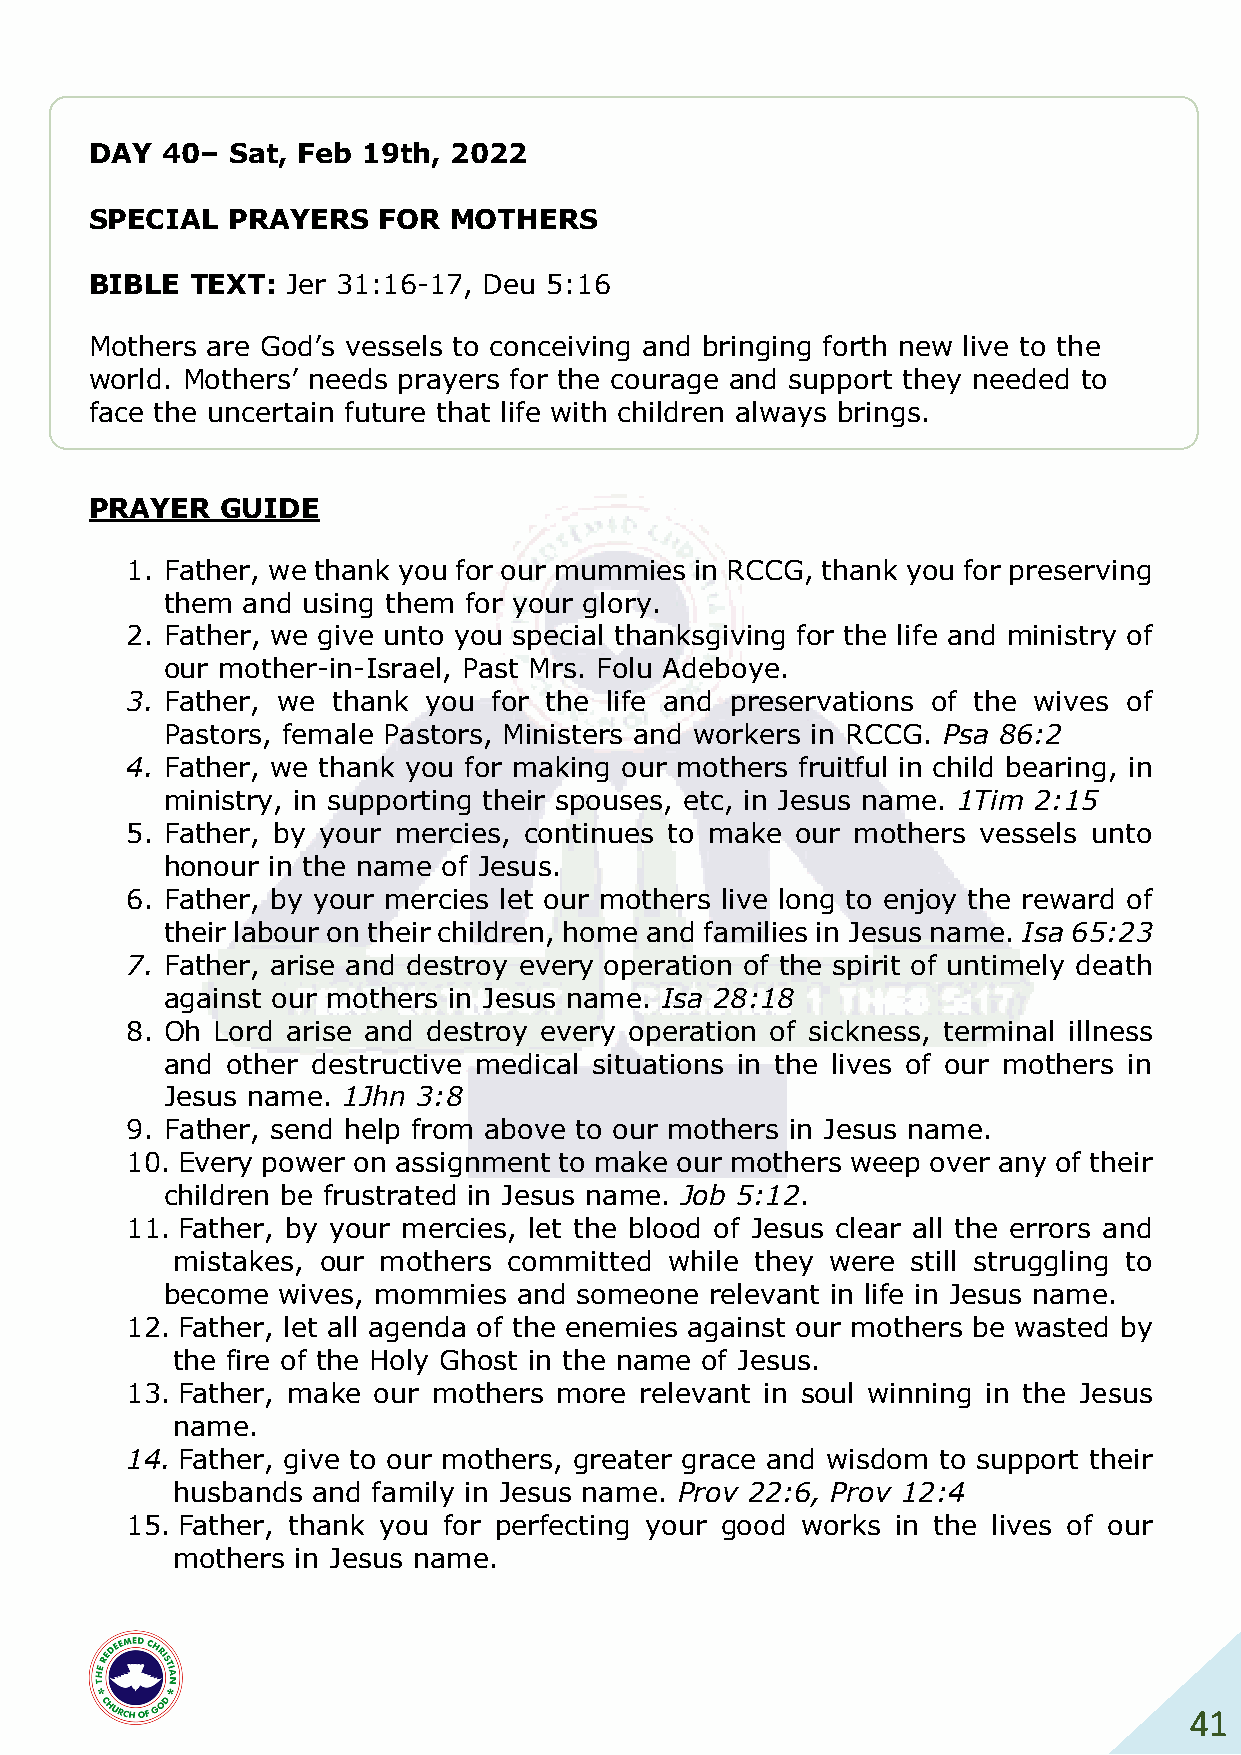
DAY  40– Sat, Feb 19th, 2022
 SPECIAL  PRAYERS   FOR  MOTHERS
 BIBLE  TEXT: Jer 31:16-17, Deu 5:16
 Mothers are God’s vessels to conceiving and bringing forth new live to the
 world. Mothers’ needs prayers for the courage and support they needed to
 face the uncertain future that life with children always brings.
 PRAYER   GUIDE
 1. Father, we thank you for our mummies in RCCG, thank you for preserving
 them and using them for your glory.
 2. Father, we give unto you special thanksgiving for the life and ministry of
 our mother-in-Israel, Past Mrs. Folu Adeboye.
 3. Father, we thank you  for the life and preservations of the wives of
 Pastors, female Pastors, Ministers and workers in RCCG. Psa 86:2
 4. Father, we thank you for making our mothers fruitful in child bearing, in
 ministry, in supporting their spouses, etc, in Jesus name. 1Tim 2:15
 5. Father, by your mercies, continues to make our mothers vessels unto
 honour in the name of Jesus.
 6. Father, by your mercies let our mothers live long to enjoy the reward of
 their labour on their children, home and families in Jesus name. Isa 65:23
 7. Father, arise and destroy every operation of the spirit of untimely death
 against our mothers in Jesus name. Isa 28:18
 8. Oh Lord arise and destroy every operation of sickness, terminal illness
 and other destructive medical situations in the lives of our mothers in
 Jesus name. 1Jhn 3:8
 9. Father, send help from above to our mothers in Jesus name.
 10. Every power on assignment to make our mothers weep over any of their
 children be frustrated in Jesus name. Job 5:12.
 11. Father, by your mercies, let the blood of Jesus clear all the errors and
 mistakes, our mothers  committed while they were still struggling to
 become wives, mommies  and someone  relevant in life in Jesus name.
 12. Father, let all agenda of the enemies against our mothers be wasted by
 the fire of the Holy Ghost in the name of Jesus.
 13. Father, make our mothers more relevant in soul winning in the Jesus
 name.
 14. Father, give to our mothers, greater grace and wisdom to support their
 husbands  and family in Jesus name. Prov 22:6, Prov 12:4
 15. Father, thank you for perfecting your good works in the lives of our
 mothers  in Jesus name.
 41